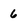
Character: 6